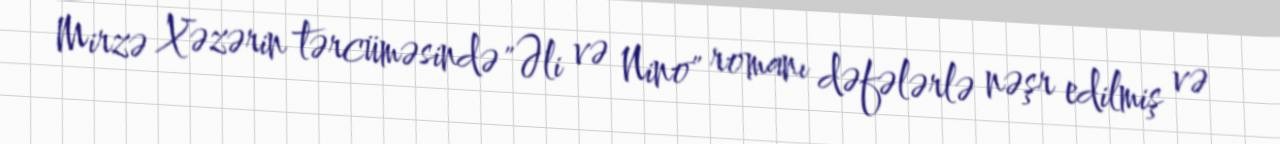
Mirzə Xəzərin tərcüməsində "Əli və Nino" romanı dəfələrlə nəşr edilmiş və